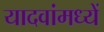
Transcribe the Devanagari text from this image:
यादवांमध्यें